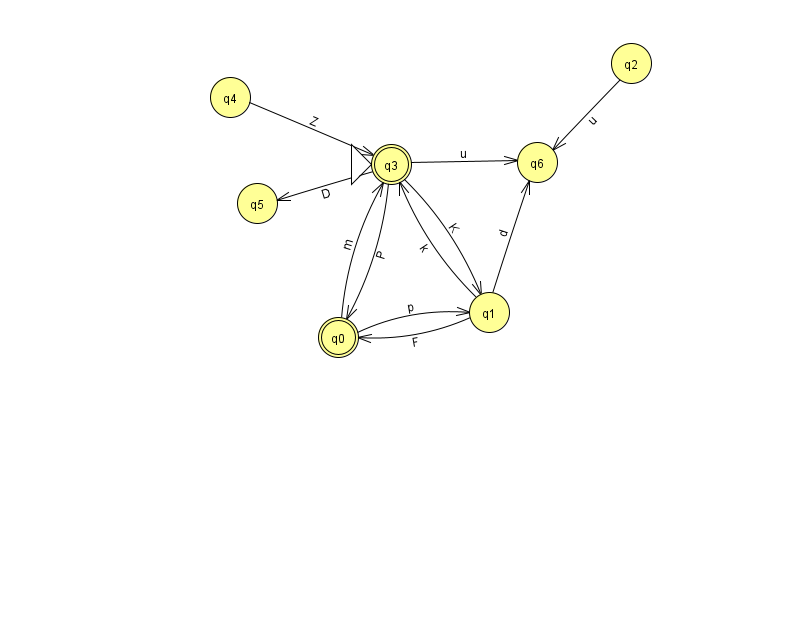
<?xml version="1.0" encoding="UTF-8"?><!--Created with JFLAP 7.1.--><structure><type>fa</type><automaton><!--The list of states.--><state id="0" name="q0"><x>338.0</x><y>324.0</y><final/></state><state id="1" name="q1"><x>489.0</x><y>299.0</y></state><state id="2" name="q2"><x>631.0</x><y>50.0</y></state><state id="3" name="q3"><x>391.0</x><y>151.0</y><initial/><final/></state><state id="4" name="q4"><x>230.0</x><y>84.0</y></state><state id="5" name="q5"><x>257.0</x><y>190.0</y></state><state id="6" name="q6"><x>537.0</x><y>149.0</y></state><!--The list of transitions.--><transition><from>3</from><to>5</to><read>D</read></transition><transition><from>2</from><to>6</to><read>u</read></transition><transition><from>0</from><to>3</to><read>m</read></transition><transition><from>1</from><to>0</to><read>F</read></transition><transition><from>4</from><to>3</to><read>Z</read></transition><transition><from>1</from><to>6</to><read>d</read></transition><transition><from>3</from><to>0</to><read>P</read></transition><transition><from>0</from><to>1</to><read>p</read></transition><transition><from>1</from><to>3</to><read>k</read></transition><transition><from>3</from><to>1</to><read>K</read></transition><transition><from>3</from><to>6</to><read>u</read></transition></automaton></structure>